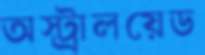
অস্ট্রালয়েড